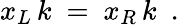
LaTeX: x_{L}\, k\ =\ x_{R}\, k\ \ .